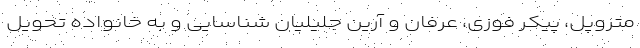
متروپل، پیکر فوزی، عرفان و آرین جلیلیان شناسایی و به خانواده تحویل